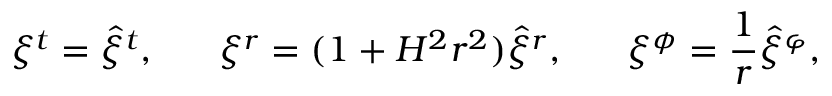
\xi ^ { t } = \hat { \xi } ^ { t } , \; \; \; \; \; \; \xi ^ { r } = ( 1 + H ^ { 2 } r ^ { 2 } ) \hat { \xi } ^ { r } , \; \; \; \; \; \; \xi ^ { \phi } = \frac { 1 } { r } \hat { \xi } ^ { \varphi } ,